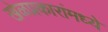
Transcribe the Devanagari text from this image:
खेळप्रकारांमध्ये